Annual report of the Punjab Veterinary College and of the Civil Veterinary Department, Punjab - 1909-1919
Year: 1909
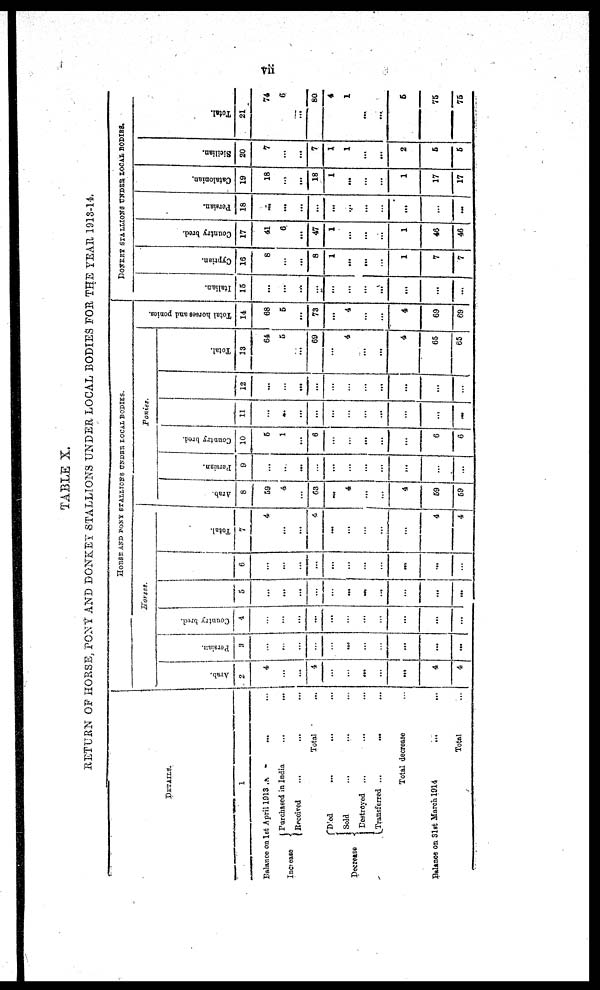
vii
TABLE X.
RETURN OF HORSE, PONY AND DONKEY STALLIONS UNDER LOCAL BODIES FOR THE YEAR 1913-14.
DETAILS.
1
Balance on 1st April 1913 ... ... ... ...
Increase
Received
Decrease
Purchased in India ... ... ... ... ...
Received ... ...
Total ...
Died ... ... ... ...
Sold
Destroyed ... ... ... ...
Transferred ...
...
Total decrease
Balance on 31st March 1914... ...
Total
HORSE AND PONY STALLIONS UNDER LOCAL BODIES.
Horses.
Arab.
4
...
...
4
...
...
...
...
...
4
4
Persian.
3
...
...
...
...
...
...
...
...
...
...
Country bred.
...
...
...
...
...
...
...
...
...
...
...
5
...
...
...
...
...
...
...
...
...
...
...
6
...
...
...
...
...
...
...
...
...
...
...
Total.
7
4
...
...
4
...
...
...
...
...
4
4
Ponies.
Arab.
8
59
4
...
63
...
4
...
...
4
59
59
Persian.
9
...
...
...
...
...
...
...
...
...
...
...
Country bred.
10
5
1
...
6
...
...
...
...
...
6
6
11
...
...
...
...
...
...
...
...
...
...
...
12
...
...
...
...
...
...
...
...
...
...
...
Total.
13
64
5
...
69
...
4
...
...
4
65
65
Total horses and ponies.
14
68
5
...
73
...
4
...
...
4
69
69
DONKEY STALLIONS UNDER LOCAL BODIES.
I t al i an.
15
...
...
...
...
...
...
...
...
...
...
...
Cypr i
an.
16
8
...
8
1
...
...
...
1
7
7
Count r y br ed.
17
41
6
...
47
1
...
...
...
1
46
46
Per si an.
18
...
...
...
...
...
...
...
...
...
...
...
Cat al oni an.
19
18
...
...
18
1
...
...
...
1
17
17
Si ci l i an.
20
7
...
...
7
1
1
...
...
2
5
5
Tot al .
21
74
6
...
80
4
1
...
...
5
75
75